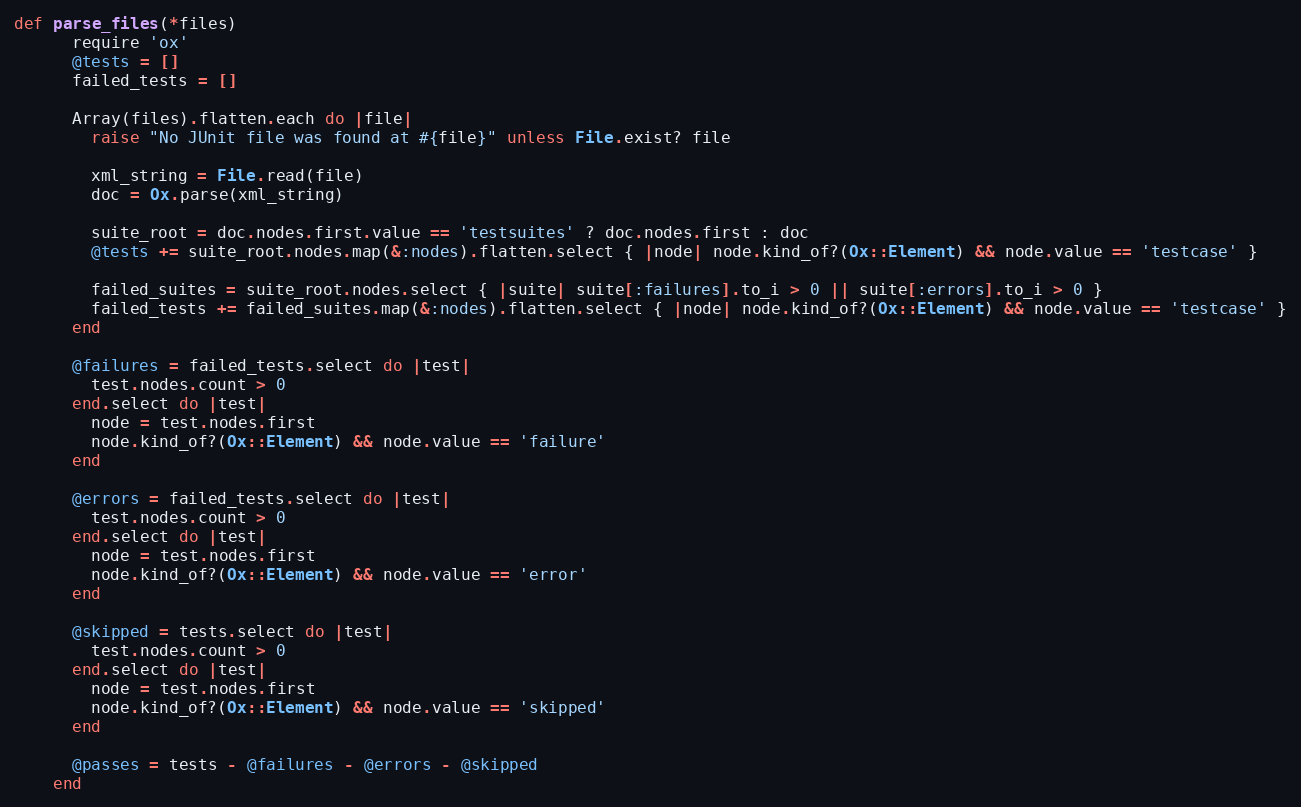
Language: Ruby
def parse_files(*files)
      require 'ox'
      @tests = []
      failed_tests = []

      Array(files).flatten.each do |file|
        raise "No JUnit file was found at #{file}" unless File.exist? file

        xml_string = File.read(file)
        doc = Ox.parse(xml_string)

        suite_root = doc.nodes.first.value == 'testsuites' ? doc.nodes.first : doc
        @tests += suite_root.nodes.map(&:nodes).flatten.select { |node| node.kind_of?(Ox::Element) && node.value == 'testcase' }

        failed_suites = suite_root.nodes.select { |suite| suite[:failures].to_i > 0 || suite[:errors].to_i > 0 }
        failed_tests += failed_suites.map(&:nodes).flatten.select { |node| node.kind_of?(Ox::Element) && node.value == 'testcase' }
      end

      @failures = failed_tests.select do |test|
        test.nodes.count > 0
      end.select do |test|
        node = test.nodes.first
        node.kind_of?(Ox::Element) && node.value == 'failure'
      end

      @errors = failed_tests.select do |test|
        test.nodes.count > 0
      end.select do |test|
        node = test.nodes.first
        node.kind_of?(Ox::Element) && node.value == 'error'
      end

      @skipped = tests.select do |test|
        test.nodes.count > 0
      end.select do |test|
        node = test.nodes.first
        node.kind_of?(Ox::Element) && node.value == 'skipped'
      end

      @passes = tests - @failures - @errors - @skipped
    end